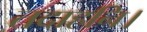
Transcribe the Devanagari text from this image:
तदाहनि।